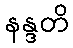
နန္ဒတိ